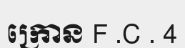
ក្រោន F .C . 4